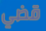
قضي